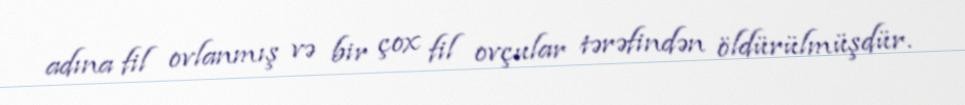
adına fil ovlanmış və bir çox fil ovçular tərəfindən öldürülmüşdür.